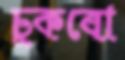
চুকবো